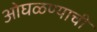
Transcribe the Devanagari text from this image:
ओघळण्याची